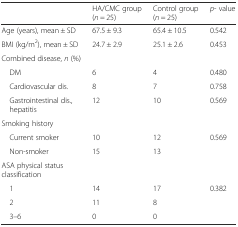
|  | HA/CMC group(n = 25) | Control group(n = 25) | p- value |
 | --- | --- | --- | --- |
 | Age (years), mean ± SD | 67.5 ± 9.3 | 65.4 ± 10.5 | 0.542 |
 | BMI (kg/m2), mean ± SD | 24.7 ± 2.9 | 25.1 ± 2.6 | 0.453 |
 | Combined disease, n (%) |  |  |  |
 | DM | 6 | 4 | 0.480 |
 | Cardiovascular dis. | 8 | 7 | 0.758 |
 | Gastrointestinal dis., hepatitis | 12 | 10 | 0.569 |
 | Smoking history |  |  |  |
 | Current smoker | 10 | 12 | 0.569 |
 | Non-smoker | 15 | 13 |  |
 | ASA physical status classification |  |  |  |
 | 1 | 14 | 17 | 0.382 |
 | 2 | 11 | 8 |  |
 | 3–6 | 0 | 0 |  |